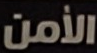
الأمن